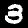
Label: 3